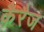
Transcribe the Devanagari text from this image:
कैरैज